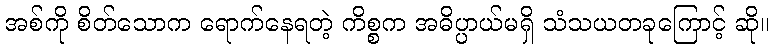
အစ်ကို စိတ်သောက ရောက်နေရတဲ့ ကိစ္စက အဓိပ္ပာယ်မရှိ သံသယတခုကြောင့် ဆို။